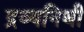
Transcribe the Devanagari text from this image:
द्रव्यनिधी